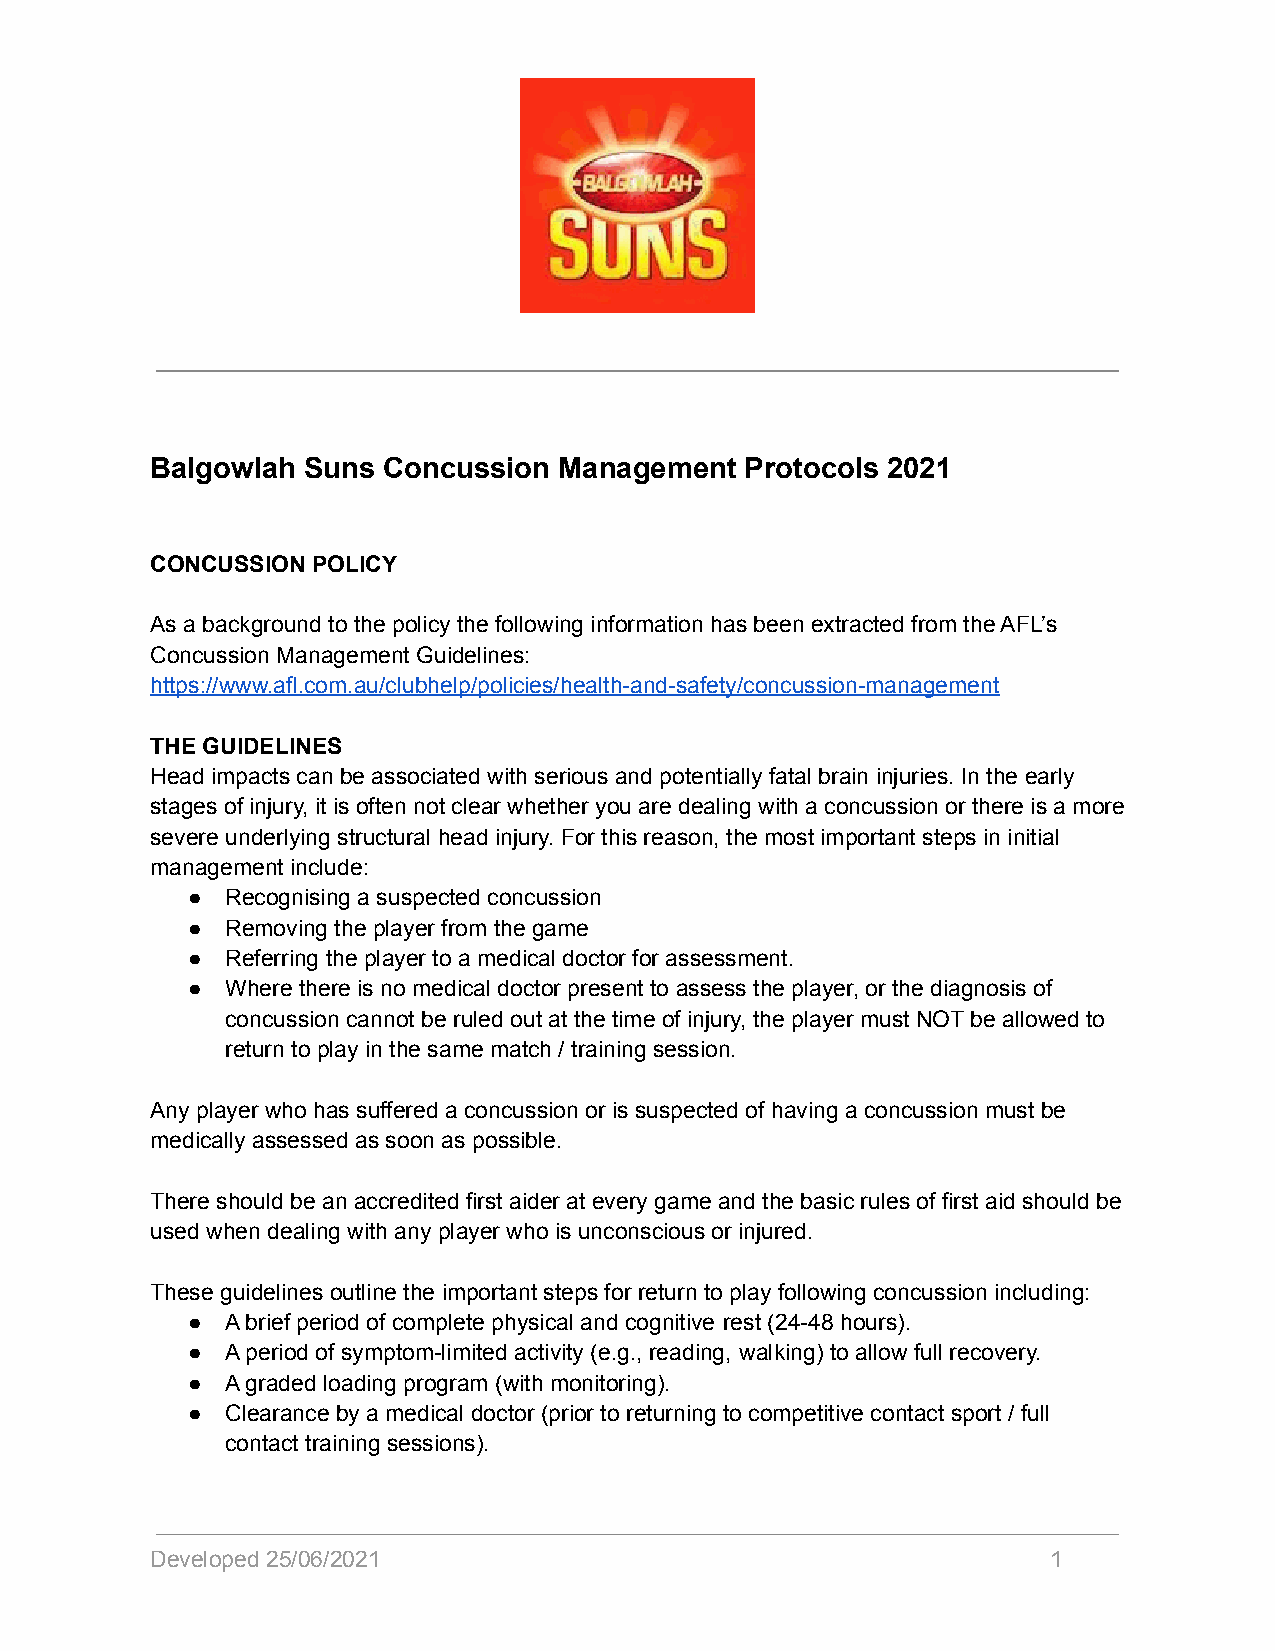
Balgowlah Suns Concussion  Management  Protocols 2021
 CONCUSSION POLICY
 As a background to the policy the following information has been extracted from the AFL’s
 Concussion Management Guidelines:
 https://www.afl.com.au/clubhelp/policies/health-and-safety/concussion-management
 THE GUIDELINES
 Head impacts can be associated with serious and potentially fatal brain injuries. In the early
 stages of injury, it is often not clear whether you are dealing with a concussion or there is a more
 severe underlying structural head injury. For this reason, the most important steps in initial
 management include:
 ●  Recognising a suspected concussion
 ●  Removing the player from the game
 ●  Referring the player to a medical doctor for assessment.
 ●  Where there is no medical doctor present to assess the player, or the diagnosis of
 concussion cannot be ruled out at the time of injury, the player must NOT be allowed to
 return to play in the same match / training session.
 Any player who has suffered a concussion or is suspected of having a concussion must be
 medically assessed as soon as possible.
 There should be an accredited first aider at every game and the basic rules of first aid should be
 used when dealing with any player who is unconscious or injured.
 These guidelines outline the important steps for return to play following concussion including:
 ●  A brief period of complete physical and cognitive rest (24-48 hours).
 ●  A period of symptom-limited activity (e.g., reading, walking) to allow full recovery.
 ●  A graded loading program (with monitoring).
 ●  Clearance by a medical doctor (prior to returning to competitive contact sport / full
 contact training sessions).
 Developed 25/06/2021                                        1